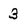
Character: 3